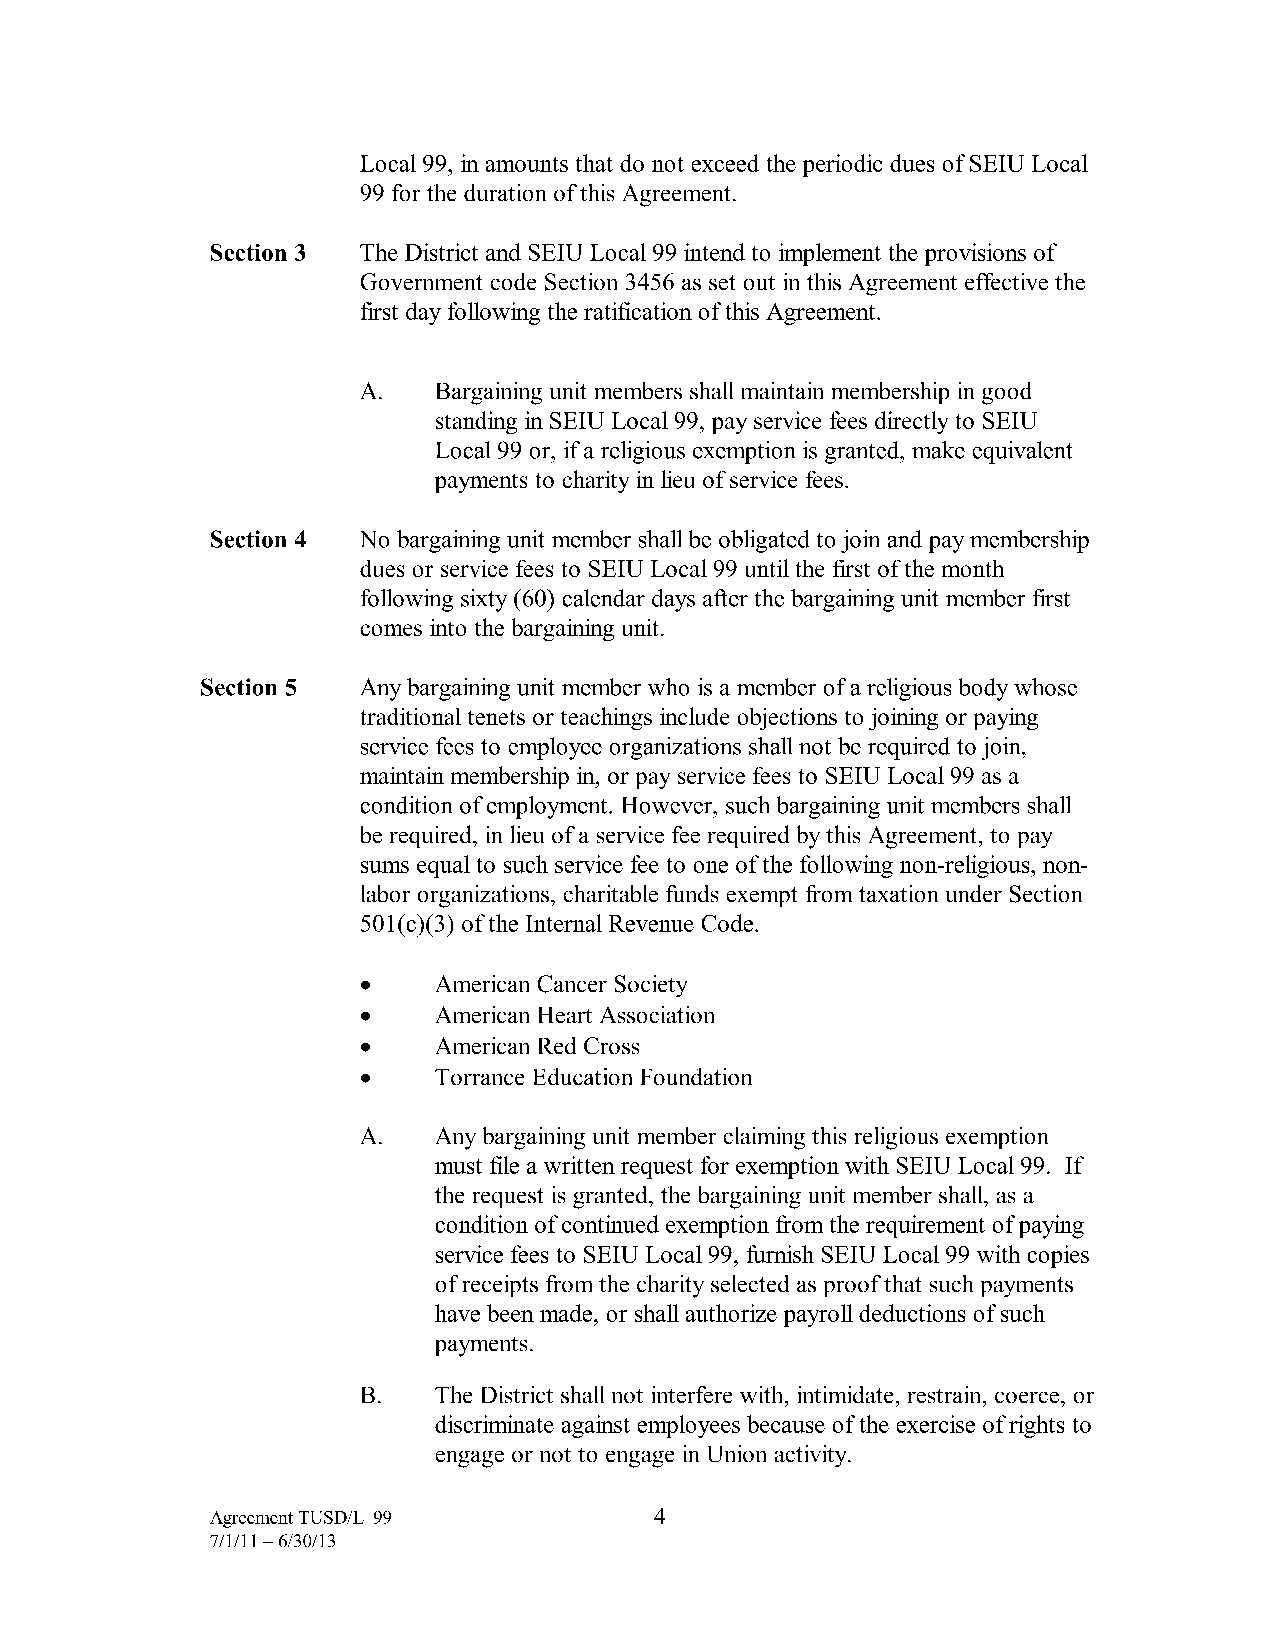
Local 99, in amounts that do not exceed the periodic dues ofSEIU Local
 99 for the duration of this Agreement.
 Section 3 The District and SEIU Local 99 intend to implement the provisions of
 Government code Section 3456 as set out in this Agreement effective the
 first day following the ratification of this Agreement.
 A.   Bargaining unit members shall maintain membership in good
 standing in SEIU Local 99, pay service fees directly to SEIU
 Local 99 or, if a religious exemption is granted, make equivalent
 payments to charity in lieu of service fees.
 Section 4 No bargaining unit member shall be obligated to join and pay membership
 dues or service fees to SEIU Local 99 until the first of the month
 following sixty ( 60) calendar days after the bargaining unit member first
 comes into the bargaining unit.
 Section 5  Any bargaining unit member who is a member of a religious body whose
 traditional tenets or teachings include objections to joining or paying
 service fees to employee organizations shall not be required to join,
 maintain membership in, or pay service fees to SEIU Local 99 as a
 condition of employment. However, such bargaining unit members shall
 be required, in lieu of a service fee required by this Agreement, to pay
 sums equal to such service fee to one of the following non-religious, non
 labor organizations, charitable funds exempt from taxation under Section
 501(c)(3) of the Internal Revenue Code.
 •    American Cancer Society
 •    American Heart Association
 •    American Red Cross
 •    Torrance Education Foundation
 A.   Any bargaining unit member claiming this religious exemption
 must file a written request for exemption with SEIU Local 99. If
 the request is granted, the bargaining unit member shall, as a
 condition of continued exemption from the requirement of paying
 service fees to SEIU Local 99, furnish SEIU Local 99 with copies
 of receipts from the charity selected as proof that such payments
 have been made, or shall authorize payroll deductions of such
 payments.
 B.   The District shall not interfere with, intimidate, restrain, coerce, or
 discriminate against employees because of the exercise ofrights to
 engage or not to engage in Union activity.
 Agreement TUSD/L-99          4
 7/1/11-6/30/13